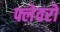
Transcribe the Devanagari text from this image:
फ्लेवरों